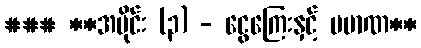
### **အပိုင်း (၃) - ငွေကြေးနှင့် ပမာဏ**